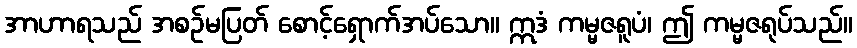
အာဟာရသည် အစဉ်မပြတ် စောင့်ရှောက်အပ်သော။ ဣဒံ ကမ္မဇရူပံ၊ ဤ ကမ္မဇရုပ်သည်။